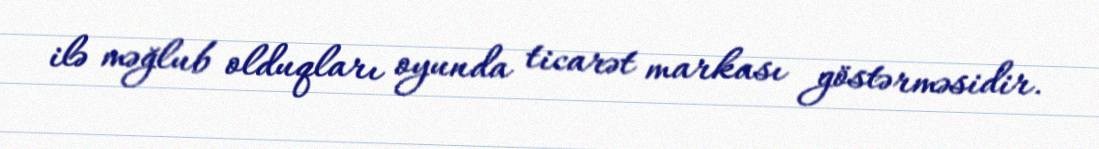
ilə məğlub olduqları oyunda ticarət markası göstərməsidir.